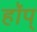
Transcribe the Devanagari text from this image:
हॉप्